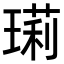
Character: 㻳